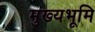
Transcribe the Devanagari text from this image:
मुख्‍यभूमि